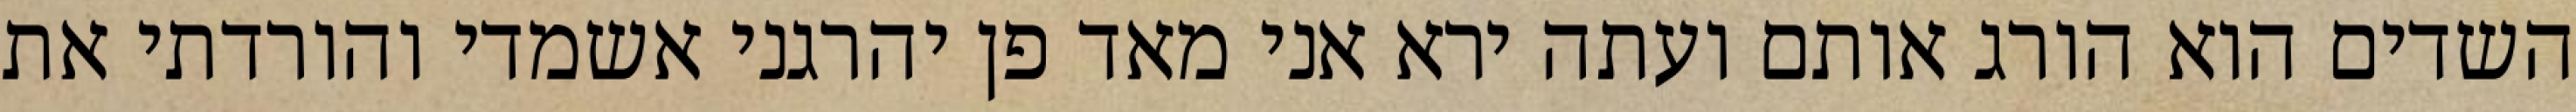
השדים הוא הורג אותם ועתה ירא אני מאד פן יהרגני אשמדי והורדתי את